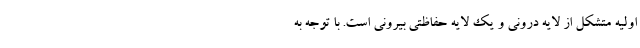
اولیه متشکل از لایه درونی و یک لایه حفاظتی بیرونی است. با توجه به